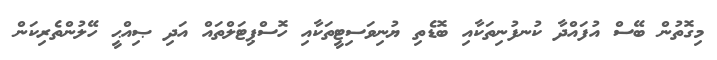
މިގޮތުން ބޭސް އުފައްދާ ކުނފުނިތަކާއި ބޮޑެތި ޔުނިވަސިޓީތަކާއި ހޮސްޕިޓަލްތައް އަދި ޞިއްޙީ ހޭލުންތެރިކަން